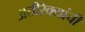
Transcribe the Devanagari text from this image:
अतीरेक्यांची